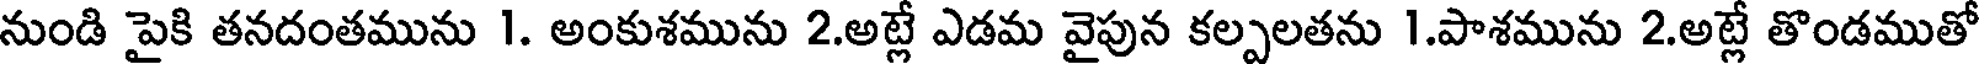
నుండి పైకి తనదంతమును 1. అంకుశమును 2.అట్లే ఎడమ వైపున కల్పలతను 1.పాశమును 2.అట్లే తొండముతో